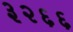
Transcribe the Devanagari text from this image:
३२६६